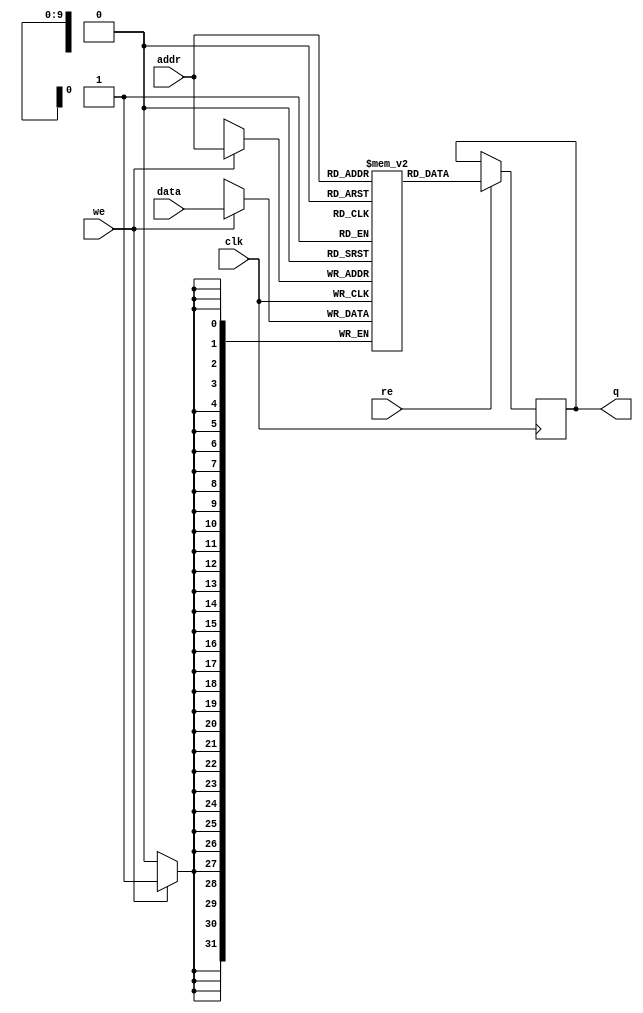
// Quartus Prime Verilog Template
// Single port RAM with single read/write address 

module MemoriadeDadosRAM 
#(parameter DATA_WIDTH=32, parameter ADDR_WIDTH=10)
(
	input [(DATA_WIDTH-1):0] data,
	input [(ADDR_WIDTH-1):0] addr,
	input we, re, clk,
	output reg [(DATA_WIDTH-1):0] q
);

	// Declare the RAM variable
	reg [DATA_WIDTH-1:0] ram[2**ADDR_WIDTH-1:0];

	always @ (posedge clk)
	begin
		// Write
		if (we)
			ram[addr] <= data;

	end

	// Continuous assignment implies read returns NEW data.
	// This is the natural behavior of the TriMatrix memory
	// blocks in Single Port mode.
	always @ (negedge clk)
	begin
		if (re)
			q <= ram[addr];
	end
	


endmodule